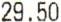
29.50